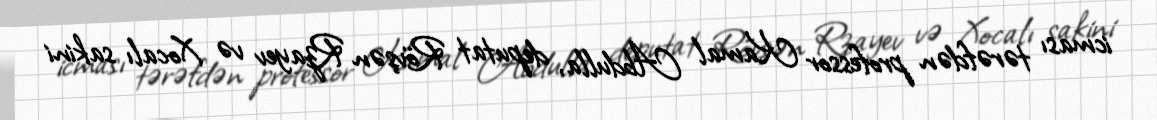
icması tərəfdən professor Kamal Abdulla, deputat Rövşən Rzayev və Xocalı sakini